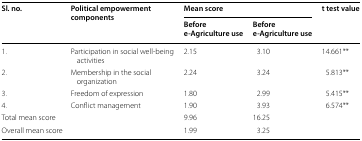
| <ROWSPAN=2> Sl. no. | <ROWSPAN=2> Political empowerment components | <COLSPAN=2> Mean score | t test value |
 | Beforee-Agriculture use | Beforee-Agriculture use |  |
 | --- | --- | --- | --- | --- |
 | 1. | Participation in social well-being activities | 2.15 | 3.10 | 14.661** |
 | 2. | Membership in the social organization | 2.24 | 3.24 | 5.813** |
 | 3. | Freedom of expression | 1.80 | 2.99 | 5.415** |
 | 4. | Conflict management | 1.90 | 3.93 | 6.574** |
 | <COLSPAN=2> Total mean score | 9.96 | 16.25 |  |
 | <COLSPAN=2> Overall mean score | 1.99 | 3.25 |  |